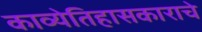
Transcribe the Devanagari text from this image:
काव्येतिहासकाराचे